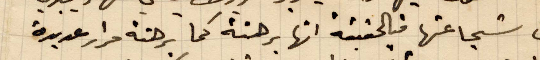
عن شجاعتها فبالحقيقة انها برهنة كما برهنة مرارًا عديدة